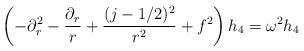
LaTeX: \begin{align*}\left(-\partial_r^2 -{\partial_r\over r} +{(j-1/2)^2\over r^2} +f^2\right) h_4 = \omega^2 h_4\end{align*}